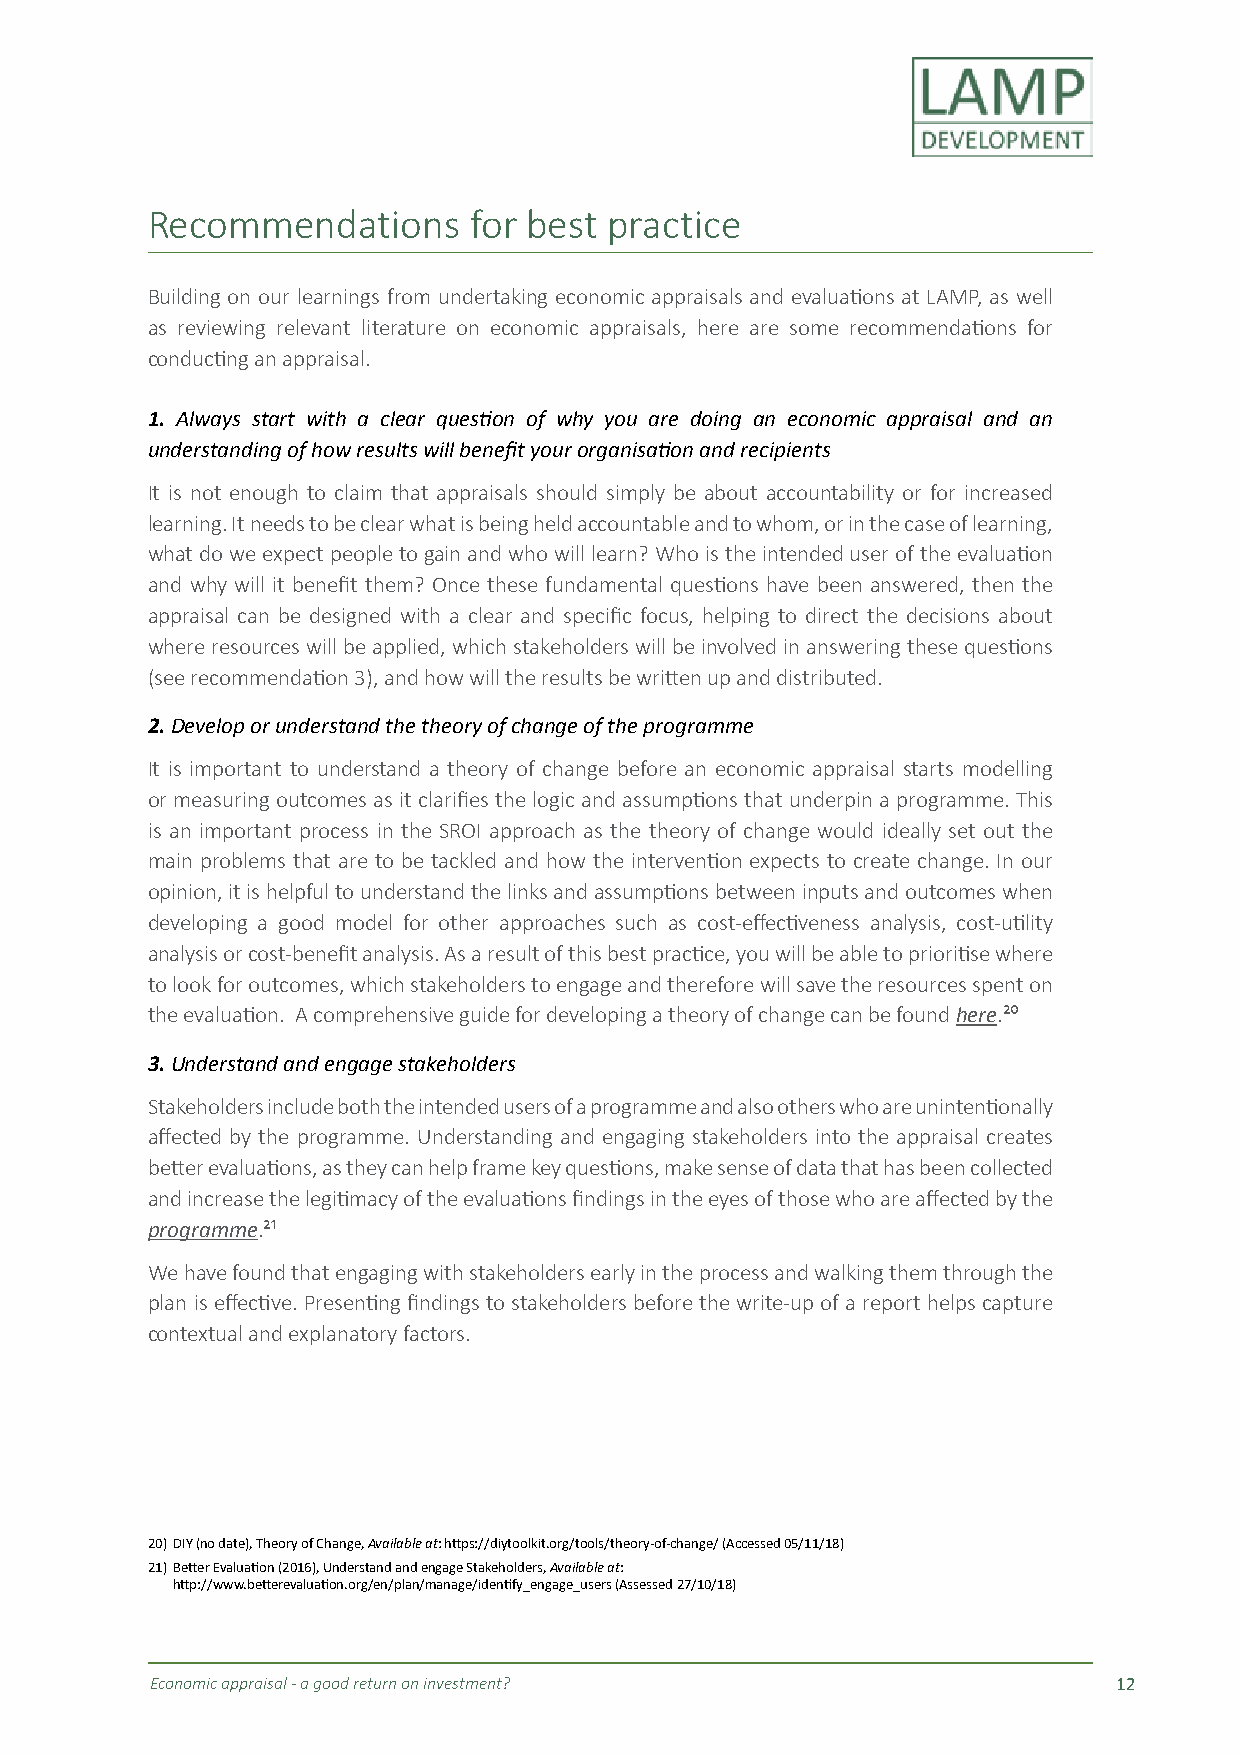
Recommendations      for best practice
 Building on our learnings from undertaking economic appraisals and evaluations at LAMP, as well
 as reviewing relevant literature on economic appraisals, here are some recommendations for
 conducting an appraisal.
 1. Always start with a clear question of why you are doing an economic appraisal and an
 understanding of how results will benefit your organisation and recipients
 It is not enough to claim that appraisals should simply be about accountability or for increased
 learning. It needs to be clear what is being held accountable and to whom, or in the case of learning,
 what do we expect people to gain and who will learn? Who is the intended user of the evaluation
 and why will it benefit them? Once these fundamental questions have been answered, then the
 appraisal can be designed with a clear and specific focus, helping to direct the decisions about
 where resources will be applied, which stakeholders will be involved in answering these questions
 (see recommendation 3), and how will the results be written up and distributed.
 2. Develop or understand the theory of change of the programme
 It is important to understand a theory of change before an economic appraisal starts modelling
 or measuring outcomes as it clarifies the logic and assumptions that underpin a programme. This
 is an important process in the SROI approach as the theory of change would ideally set out the
 main problems that are to be tackled and how the intervention expects to create change. In our
 opinion, it is helpful to understand the links and assumptions between inputs and outcomes when
 developing a good model for other approaches such as cost-effectiveness analysis, cost-utility
 analysis or cost-benefit analysis. As a result of this best practice, you will be able to prioritise where
 to look for outcomes, which stakeholders to engage and therefore will save the resources spent on
 the evaluation. A comprehensive guide for developing a theory of change can be found here.²⁰
 3. Understand and engage stakeholders
 Stakeholders include both the intended users of a programme and also others who are unintentionally
 affected by the programme. Understanding and engaging stakeholders into the appraisal creates
 better evaluations, as they can help frame key questions, make sense of data that has been collected
 and increase the legitimacy of the evaluations findings in the eyes of those who are affected by the
 programme.²¹
 We have found that engaging with stakeholders early in the process and walking them through the
 plan is effective. Presenting findings to stakeholders before the write-up of a report helps capture
 contextual and explanatory factors.
 20) DIY (no date), Theory of Change, Available at: https://diytoolkit.org/tools/theory-of-change/ (Accessed 05/11/18)
 21) Better Evaluation (2016), Understand and engage Stakeholders, Available at:
 http://www.betterevaluation.org/en/plan/manage/identify_engage_users (Assessed 27/10/18)
 Economic appraisal - a good return on investment?               12